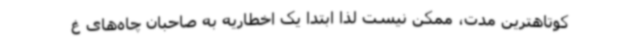
کوتاهترین مدت، ممکن نیست لذا ابتدا یک اخطاریه به صاحبان چاه‌های غ